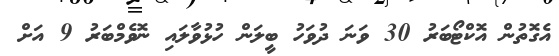
އެގޮތުން އޮކްޓޯބަރު 30 ވަނަ ދުވަހު ބީލަން ހުޅުވާލައި ނޮވެމްބަރު 9 އަށް